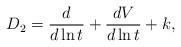
LaTeX: \begin{align*}D_2 = \frac{d}{d\ln t} + \frac{d V}{d\ln t} + k, \end{align*}